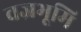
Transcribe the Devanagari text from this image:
वज्रभूमि